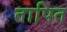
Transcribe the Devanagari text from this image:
तापित